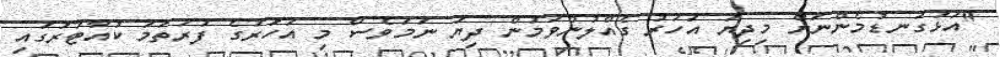
"އަޅުގަނޑުމެންނަށް މިދިޔަ އަހަރު ގެއްލުންވަމުން ދިޔަ ނަމަވެސް މި އަހަރުގެ ފުރަތަމަ ކުއާޓަރުގައި